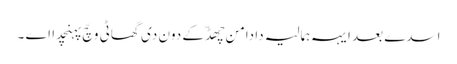
اسدے بعد ایہہ ہمالیہ دا دامن چھڈّ کے دون دی گھاٹی وچّ پہنچدا اے ۔